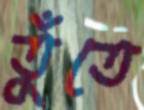
তুঁতে